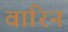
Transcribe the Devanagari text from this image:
वारिन